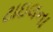
ટાઇલના